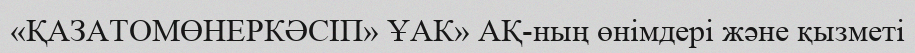
«ҚАЗАТОМӨНЕРКӘСІП» ҰАК» АҚ-ның өнімдері және қызметі